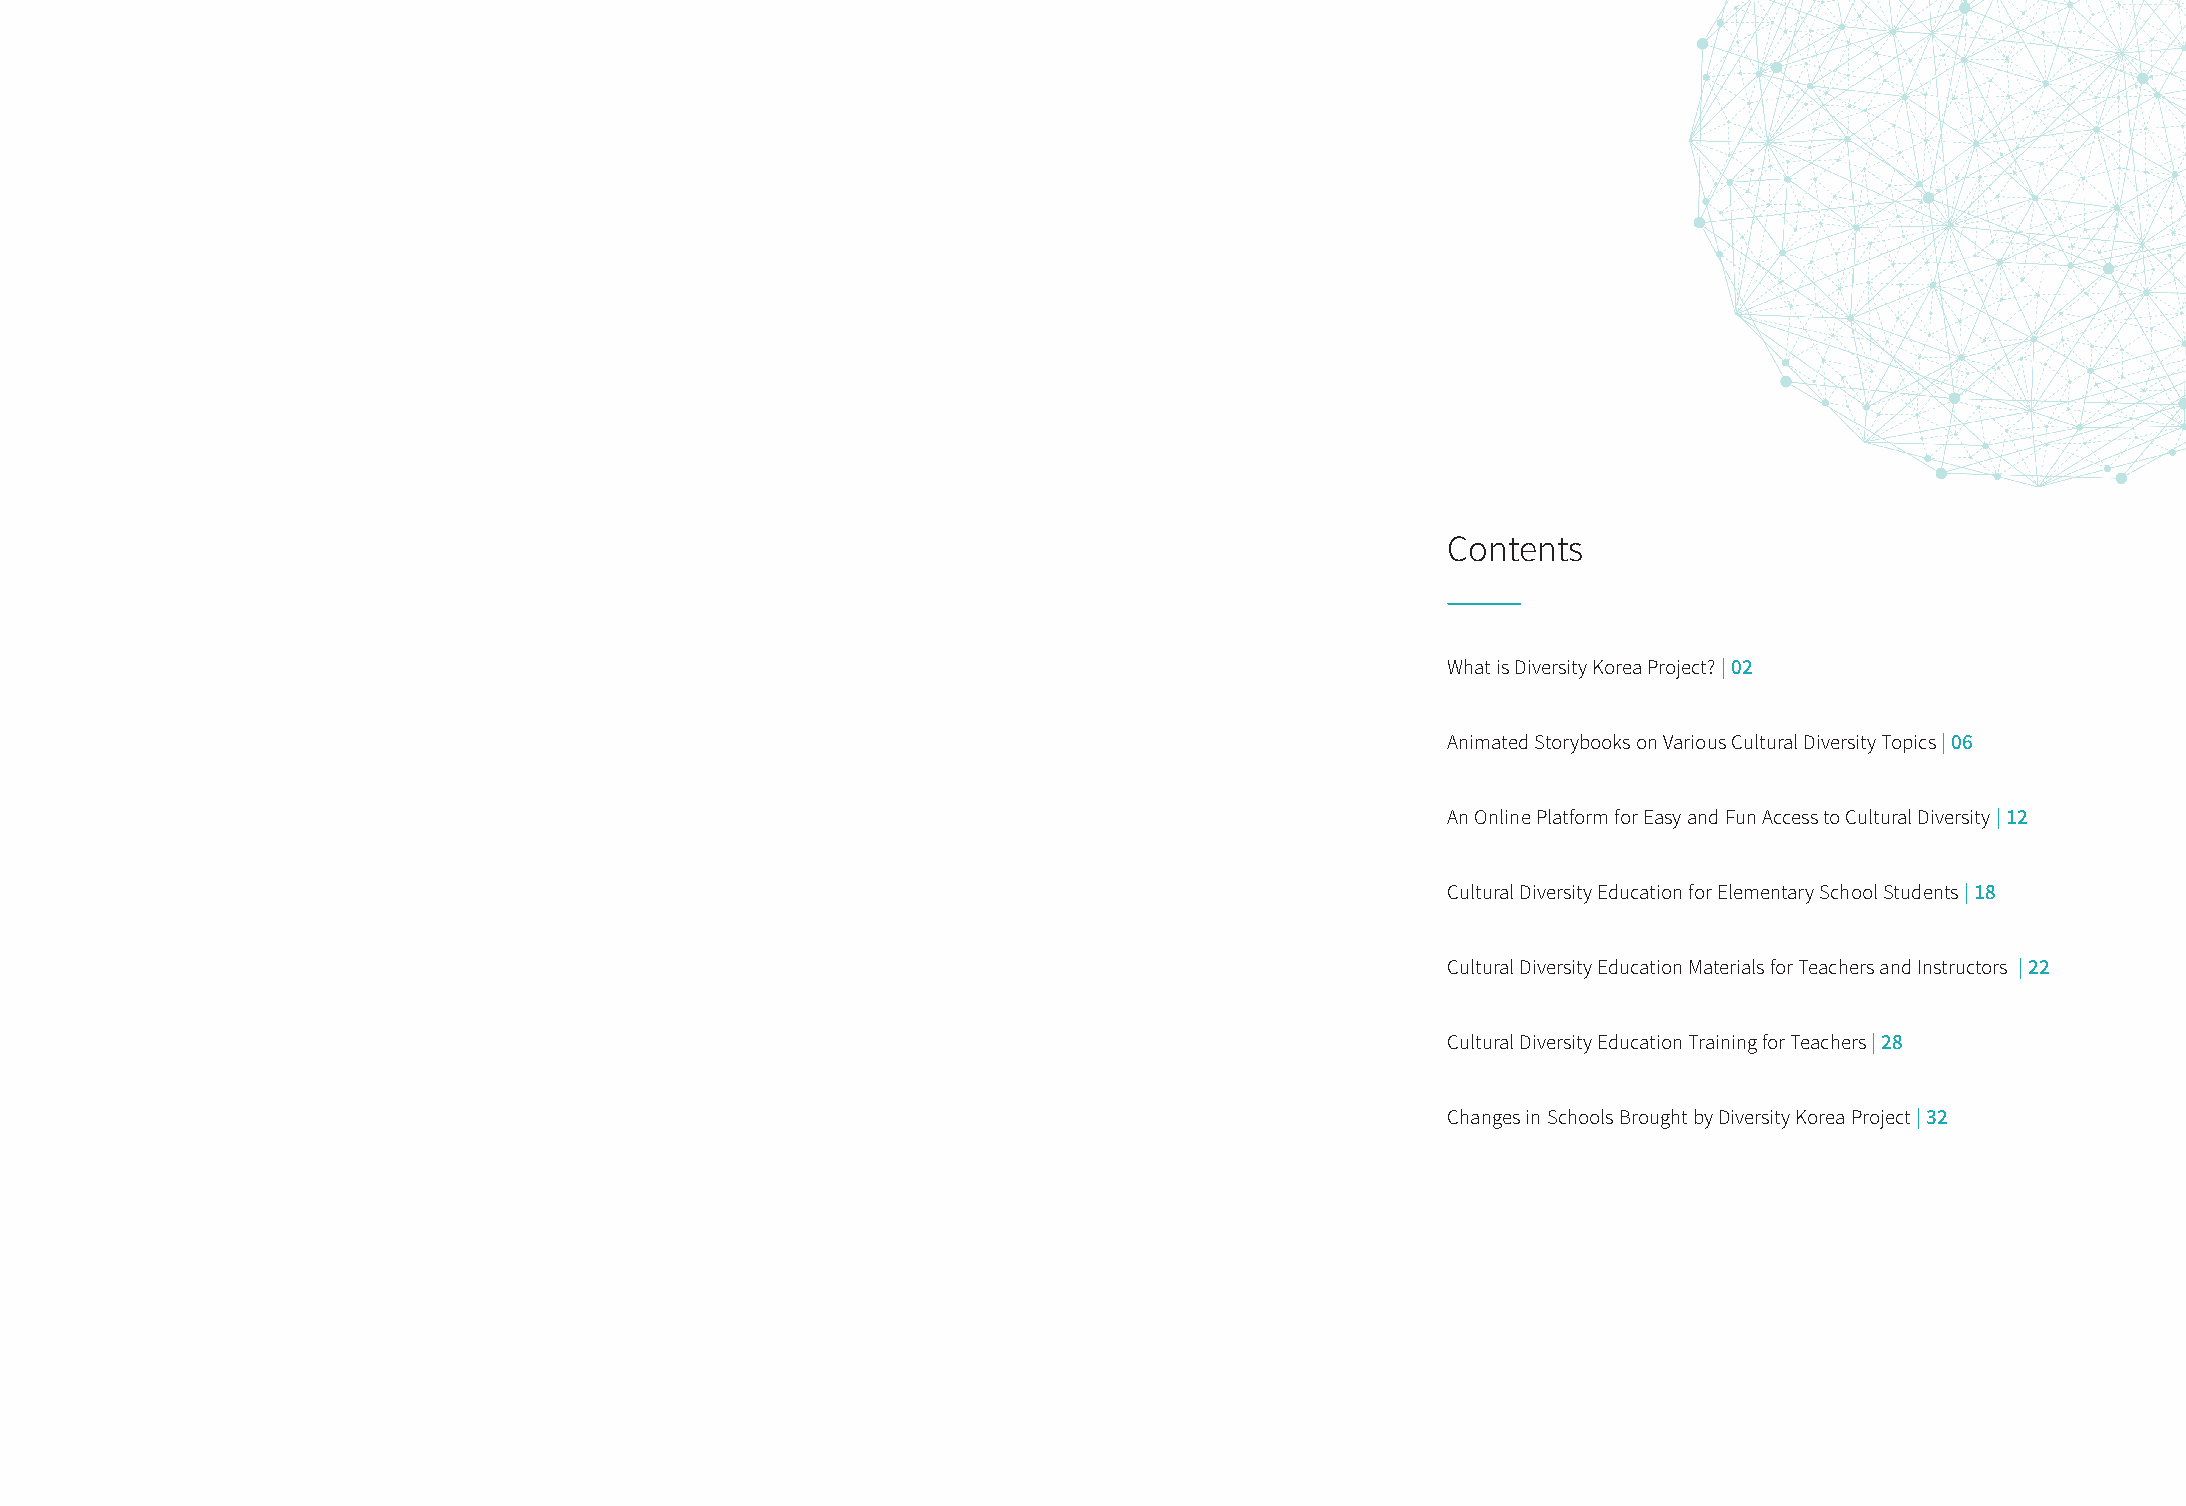
Contents
 What is Diversity Korea Project? | 02
 Animated Storybooks on Various Cultural Diversity Topics | 06
 An Online Platform for Easy and Fun Access to Cultural Diversity | 12
 Cultural Diversity Education for Elementary School Students | 18
 Cultural Diversity Education Materials for Teachers and Instructors | 22
 Cultural Diversity Education Training for Teachers | 28
 Changes in Schools Brought by Diversity Korea Project | 32